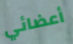
أعضائي